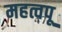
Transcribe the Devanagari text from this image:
महत्वपू